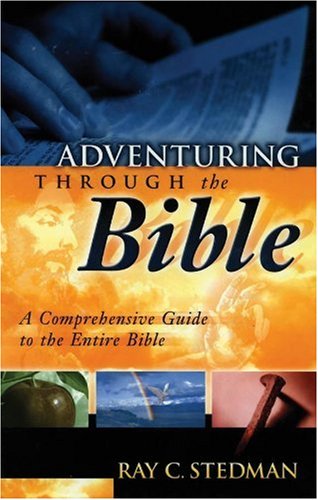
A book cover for Adventuring Through the Bible: A Comprehensive Guide to the Entire Bible; Ray C. Stedman; Christian Books & Bibles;